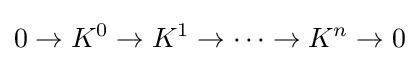
0\to K^{0}\to K^{1}\to \cdots \to K^{n}\to 0